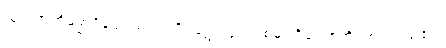
သုတ်အဘိဓမ္မာဝိနည်းသည်။ ဝိဝဋော၊ ဖွင့်လှစ်မှ။ ဝိရောစတိ၊ တင့်တယ်၏။